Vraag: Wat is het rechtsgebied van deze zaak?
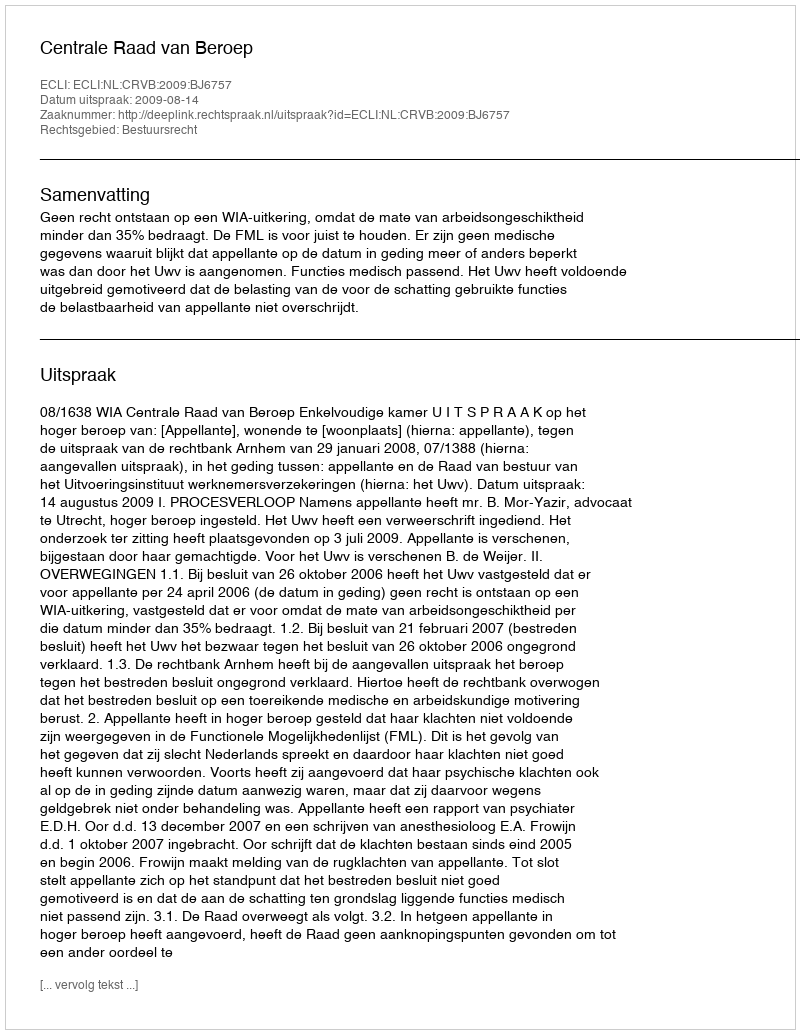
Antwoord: Bestuursrecht